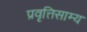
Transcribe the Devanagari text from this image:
प्रवृत्तिसाम्य